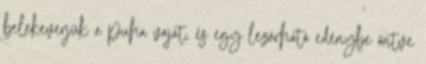
belekeverjük a puha vajat, és egy lezárható edénybe öntve